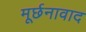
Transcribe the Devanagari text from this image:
मूर्छनावाद